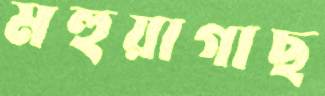
মহুয়াগাছ